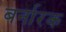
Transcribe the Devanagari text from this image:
बर्नारक